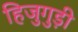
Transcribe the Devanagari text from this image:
हिजुगुड़ी